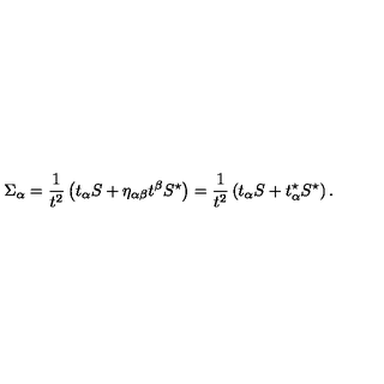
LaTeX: \Sigma _ { \alpha } = { \frac { 1 } { t ^ { 2 } } } \left( t _ { \alpha } S + \eta _ { \alpha \beta } t ^ { \beta } S ^ { \star } \right) = { \frac { 1 } { t ^ { 2 } } } \left( t _ { \alpha } S + t _ { \alpha } ^ { \star } S ^ { \star } \right) .